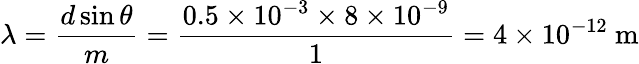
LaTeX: \lambda=\frac{d\sin\theta}{m}=\frac{0.5\times 10^{-3}\times 8\times 10^{-9}}{1}=4\times 10^{-12}\mathrm{~m}